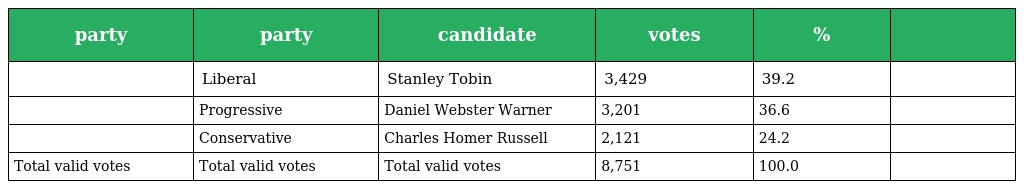
| party | party | candidate | votes | % |  |
 | --- | --- | --- | --- | --- | --- |
 |  | Liberal | Stanley Tobin | 3,429 | 39.2 |  |
 |  | Progressive | Daniel Webster Warner | 3,201 | 36.6 |  |
 |  | Conservative | Charles Homer Russell | 2,121 | 24.2 |  |
 | Total valid votes | Total valid votes | Total valid votes | 8,751 | 100.0 |  |